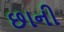
છાની